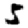
Digit: 5